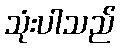
သုံးပါသည်